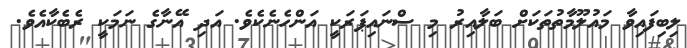
ލިބިފައިވާ މައުލޫމާތުތަކަށް ބަލާއިރު މި ސްނައިޕަރަކީ އަންހެނެކެވެ. އަދި އޭނާގެ ނަމަކީ ރެބެކާއެވެ.